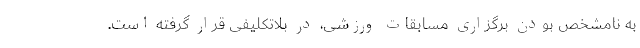
به نامشخص بودن برگزاری مسابقات ورزشی، در بلاتکلیفی قرار گرفته است.